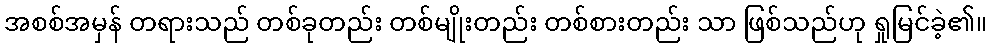
အစစ်အမှန် တရားသည် တစ်ခုတည်း တစ်မျိုးတည်း တစ်စားတည်း သာ ဖြစ်သည်ဟု ရှုမြင်ခဲ့၏။